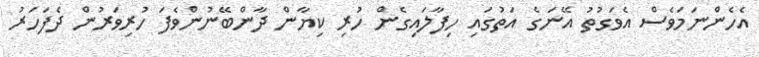
އެހެންނަމަވެސް އެވަގުތު އޭނަގެ އަތުގައި ހިފާލައިގެން ހުރި ކިޔާން ދާންބޭނުންވެފަ ހުރިވަރުން ދެފަހަރު